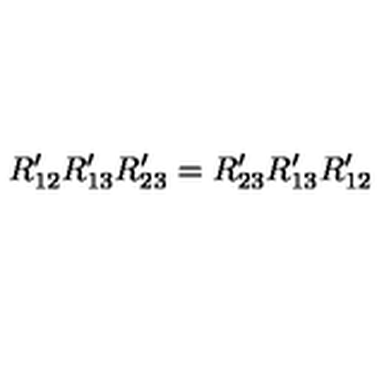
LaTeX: R _ { 1 2 } ^ { \prime } R _ { 1 3 } ^ { \prime } R _ { 2 3 } ^ { \prime } = R _ { 2 3 } ^ { \prime } R _ { 1 3 } ^ { \prime } R _ { 1 2 } ^ { \prime }